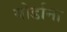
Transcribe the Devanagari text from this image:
योर्डाना